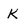
Character: K